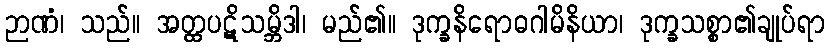
ဉာဏံ၊ သည်။ အတ္ထပဋိသမ္ဘိဒါ၊ မည်၏။ ဒုက္ခနိရောဓဂါမိနိယာ၊ ဒုက္ခသစ္စာ၏ချုပ်ရာ